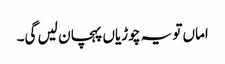
اماں تو یہ چوڑیاں پہچان لیں گی۔